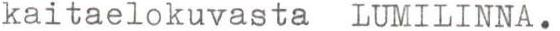
kaitaelokuvasta LUMILINNA.